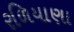
રળિયાણા